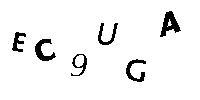
EC9UGA